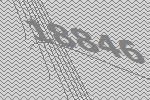
18846